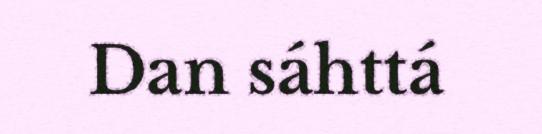
Dan sáhttá